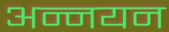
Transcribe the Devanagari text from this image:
अन्नयन